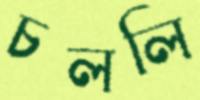
চললি